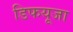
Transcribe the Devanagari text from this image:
डिफयूजा